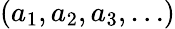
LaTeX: (a_{1},a_{2},a_{3},\ldots)